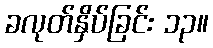
ခလုတ်နှိပ်ခြင်း ၁၃။